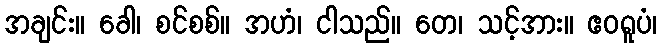
အချင်း။ ခေါ၊ စင်စစ်။ အဟံ၊ ငါသည်။ တေ၊ သင့်အား။ ဧဝရူပံ၊